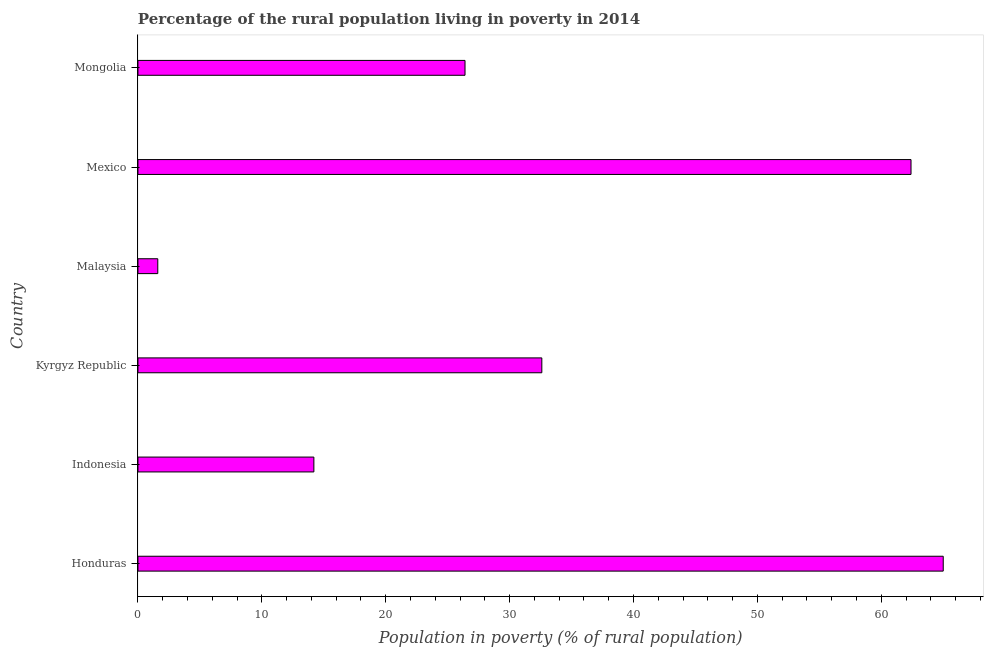
| Country | Rural poverty headcount ratio |
 | --- | --- |
 | Honduras | 65 |
 | Indonesia | 14.2 |
 | Kyrgyz Republic | 32.6 |
 | Malaysia | 1.6 |
 | Mexico | 62.4 |
 | Mongolia | 26.4 |